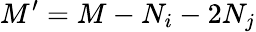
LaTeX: M^{\prime}=M-N_{i}-2N_{j}